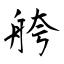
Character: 舿